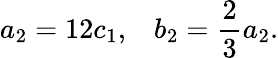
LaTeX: a_{2}=12c_{1},\; \; \; b_{2}=\frac{2}{3}a_{2}.